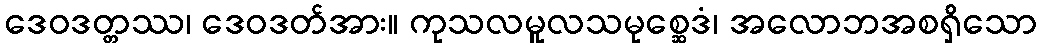
ဒေဝဒတ္တဿ၊ ဒေဝဒတ်အား။ ကုသလမူလသမုစ္ဆေဒံ၊ အလောဘအစရှိသော